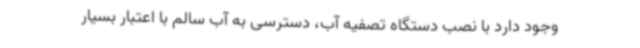
وجود دارد با نصب دستگاه تصفیه آب، دسترسی به آب سالم با اعتبار بسیار